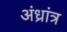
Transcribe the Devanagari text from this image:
अंध्रांत्र